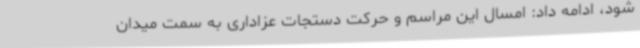
شود، ادامه داد: امسال این مراسم و حرکت دستجات عزاداری به سمت میدان